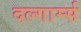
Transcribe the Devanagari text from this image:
दल्गार्म्स